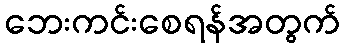
ဘေးကင်းစေရန်အတွက်